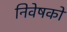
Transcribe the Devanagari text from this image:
निवेषकों